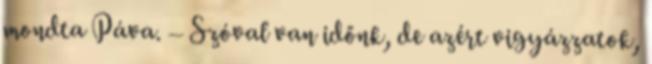
mondta Páva. – Szóval van időnk, de azért vigyázzatok,